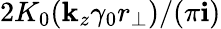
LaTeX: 2K_{0}(\mathbf{k}_{z}\gamma_{0}r_{\perp})/(\pi\mathbf{i})